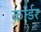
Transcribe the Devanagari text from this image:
कॉर्डर